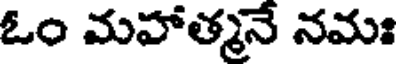
ఓం మహాత్మనే నమః